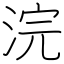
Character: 浣